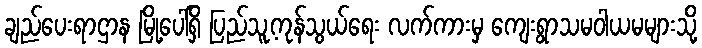
ချည်ပေးရာဌာန မြို့ပေါ်ရှိ ပြည်သူ့ကုန်သွယ်ရေး လက်ကားမှ ကျေးရွာသမဝါယမများသို့